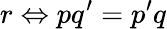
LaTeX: r\Leftrightarrow pq^{\prime}=p^{\prime}q